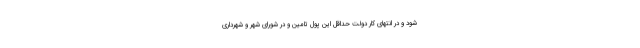
شود و در انتهای کار دولت حداقل این پول تامین و در شورای شهر و شهرداری